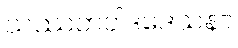
သဿတဝါဒဒေသနာ